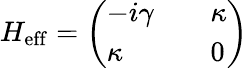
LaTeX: H_{\mathrm{eff}}=\left(\begin{array}{lll}{-i\gamma}&{}&{\kappa}\\ {\kappa}&{}&{0}\end{array}\right)